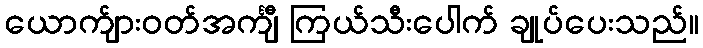
ယောက်ျားဝတ်အင်္ကျီ ကြယ်သီးပေါက် ချုပ်ပေးသည်။